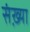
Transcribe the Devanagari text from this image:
संख़्या